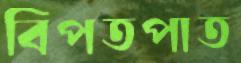
বিপতপাত